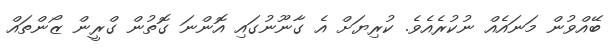
ބޭއްވުން މަނައެއް ނުކުރެއެވެ. ކުރިޔަށް އެ ގާނޫނުގައި އޮންނަ ގޮތުން ގްރީން ޒޯންތައް